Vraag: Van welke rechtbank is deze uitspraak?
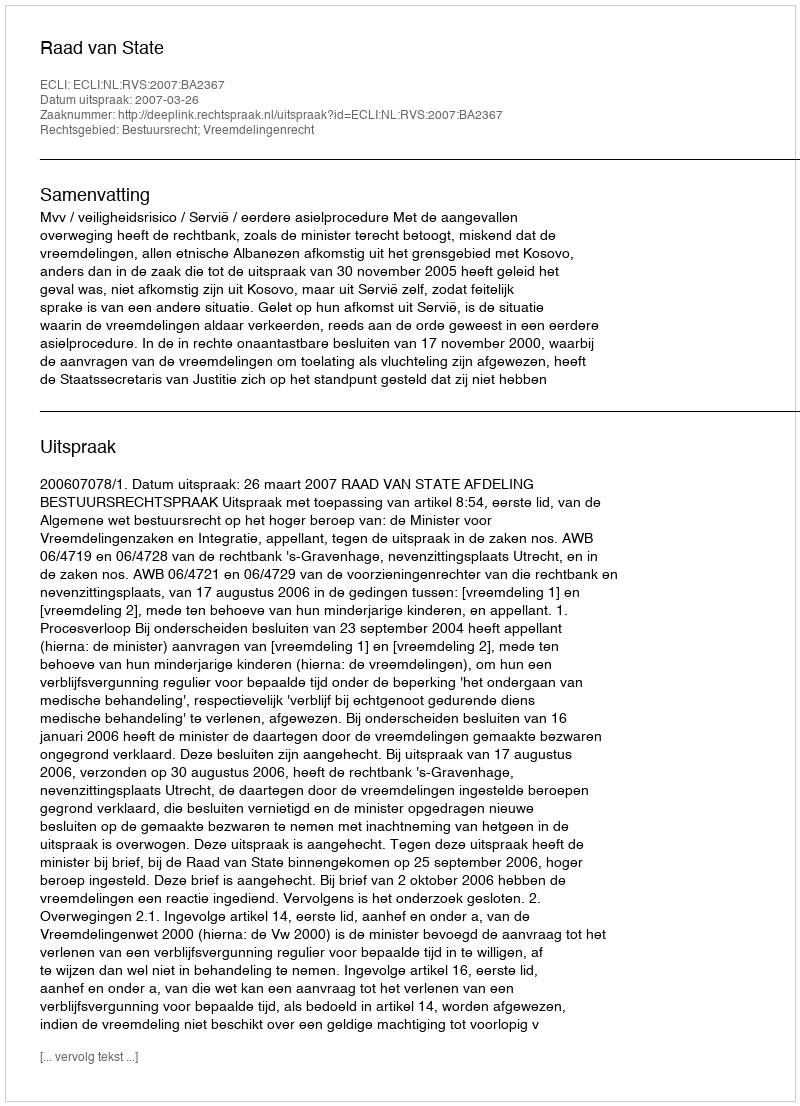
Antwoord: Raad van State